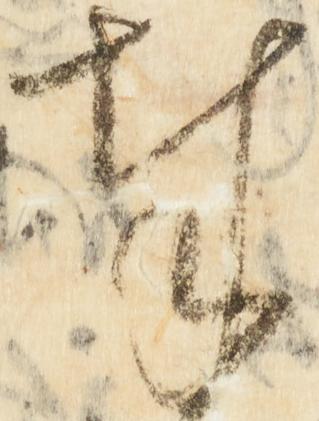
奉